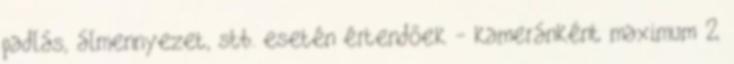
padlás, álmennyezet, stb. esetén értendőek - kameránként maximum 2